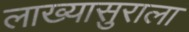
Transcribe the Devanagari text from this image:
लाख्यासुराला